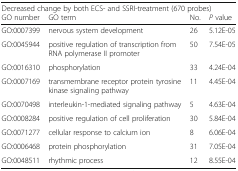
<table><thead><tr><td colspan="4"><b>Decreased change by both ECS- and SSRI-treatment (670 probes)</b></td></tr><tr><td><b>GO number</b></td><td><b>GO term</b></td><td><b>No.</b></td><td><b><i>P</i> value</b></td></tr></thead><tbody><tr><td>GO:0007399</td><td>nervous system development</td><td>26</td><td>5.12E-05</td></tr><tr><td>GO:0045944</td><td>positive regulation of transcription from RNA polymerase II promoter</td><td>50</td><td>7.54E-05</td></tr><tr><td>GO:0016310</td><td>phosphorylation</td><td>33</td><td>4.24E-04</td></tr><tr><td>GO:0007169</td><td>transmembrane receptor protein tyrosine kinase signaling pathway</td><td>11</td><td>4.45E-04</td></tr><tr><td>GO:0070498</td><td>interleukin-1-mediated signaling pathway</td><td>5</td><td>4.63E-04</td></tr><tr><td>GO:0008284</td><td>positive regulation of cell proliferation</td><td>30</td><td>5.84E-04</td></tr><tr><td>GO:0071277</td><td>cellular response to calcium ion</td><td>8</td><td>6.06E-04</td></tr><tr><td>GO:0006468</td><td>protein phosphorylation</td><td>31</td><td>7.05E-04</td></tr><tr><td>GO:0048511</td><td>rhythmic process</td><td>12</td><td>8.55E-04</td></tr></tbody></table>